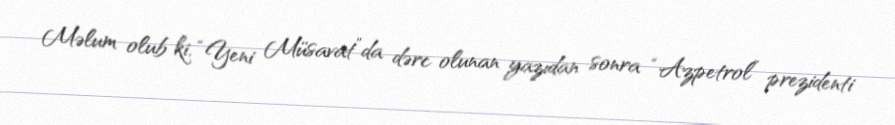
Məlum olub ki, “Yeni Müsavat”da dərc olunan yazıdan sonra “Azpetrol” prezidenti